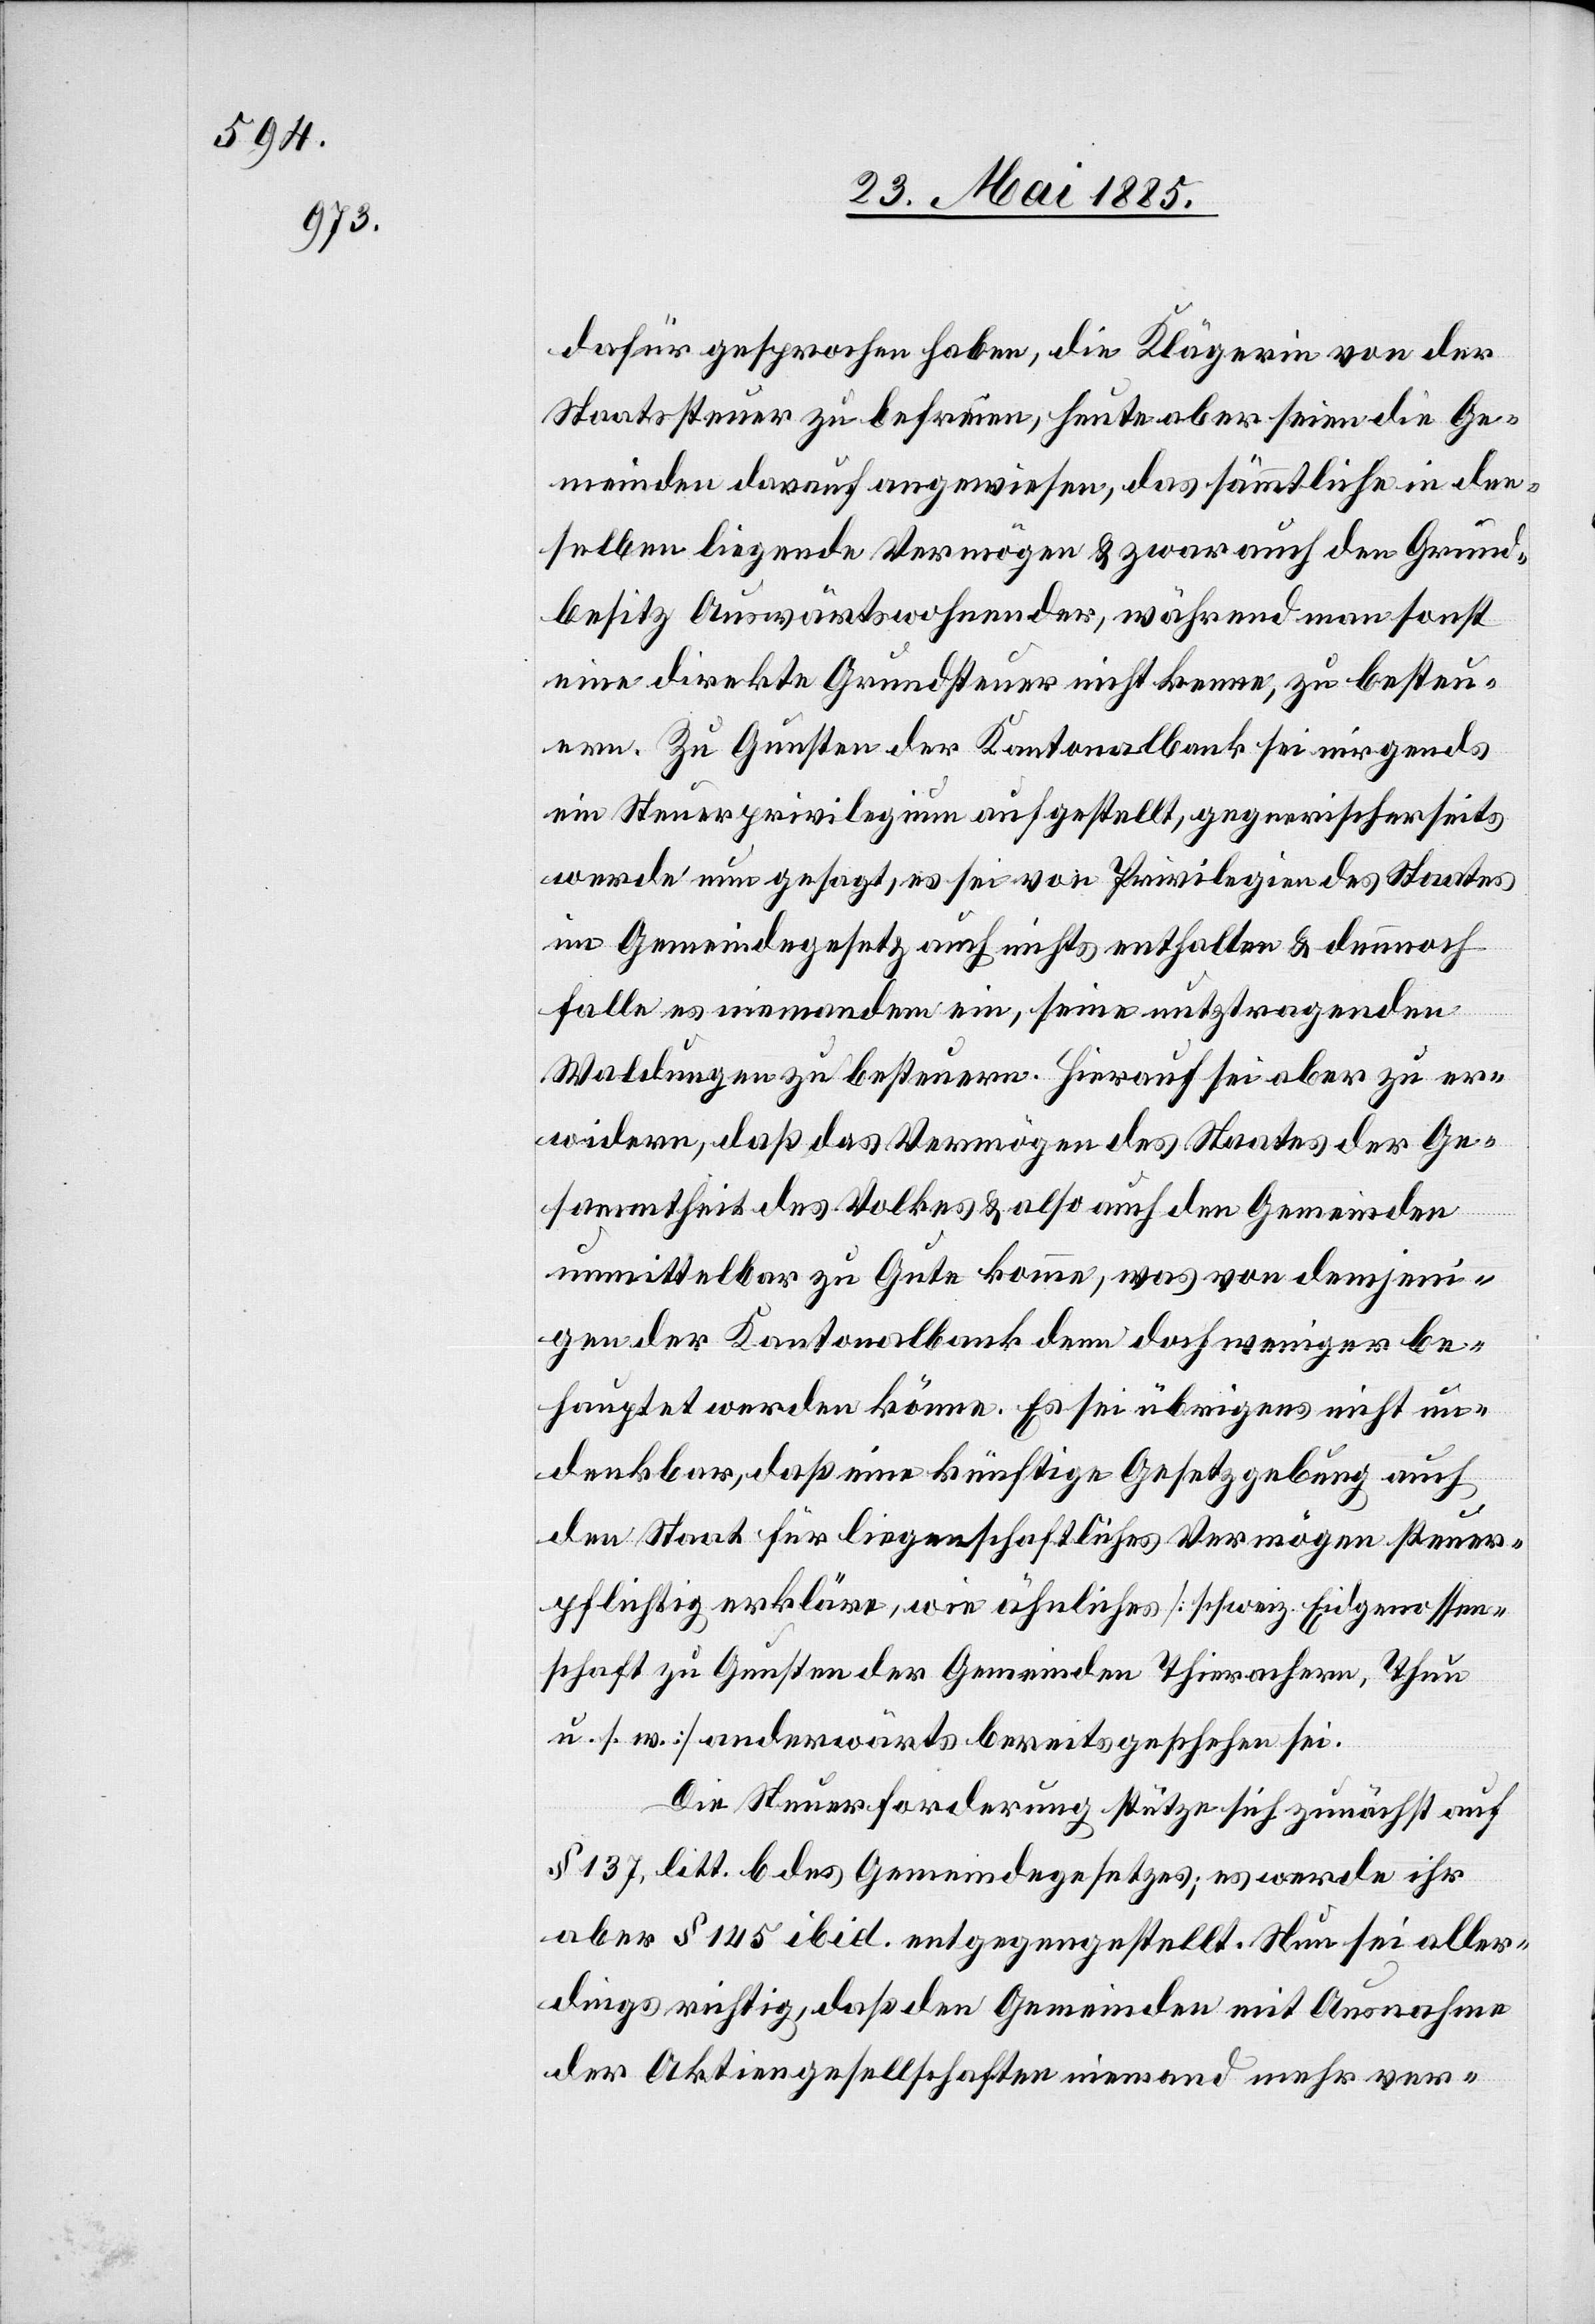
dafür gesprochen haben, die Klägerin von der
Staatssteuer zu befreien, heute aber seien die Ge¬
meinden darauf angewiesen, das sämmtliche in den¬
selben liegende Vermögen & zwar auch den Grund¬
besitz Auswärtswohnender, während man sonst
eine direkte Grundsteuer nicht kenne, zu besteu¬
ern. Zu Gunsten der Kantonalbank sei nirgends
ein Steuerprivilegium aufgestellt, gegnerischerseits
werde nun gesagt, es sei von Privilegien des Staates
im Gemeindegesetz auch nichts enthalten & dennoch
falle es niemandem ein, seine nutztragenden
Waldungen zu besteuern. Hierauf sei aber zu er¬
widern, daß das Vermögen des Staates der Ge¬
sammtheit des Volkes & also auch den Gemeinden
unmittelbar zu Gute komme, was von demjeni¬
gen der Kantonalbank denn doch weniger be¬
hauptet werden könne. Es sei übrigens nicht un¬
denkbar, daß eine künftige Gesetzgebung auch
den Staat für liegenschaftliches Vermögen steuer¬
pflichtig erkläre, wie ähnliches [schweiz. Eidgenossen¬
schaft zu Gunsten der Gemeinden Thierachern, Thun
u. s. w.] anderwärts bereits geschehen sei.
Die Steuerforderung stütze sich zunächst auf
§ 137, litt. b des Gemeindegesetzes; es werde ihr
aber § 145 ibid. entgegengestellt. Nun sei aller¬
dings richtig, daß den Gemeinden mit Ausnahme
der Aktiengesellschaften niemand mehr ver-